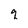
Character: q